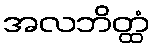
အလဘိတ္ထံ